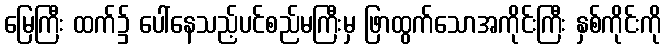
မြေကြီး ထက်၌ ပေါ်နေသည့်ပင်စည်မကြီးမှ ဖြာထွက်သောအကိုင်းကြီး နှစ်ကိုင်းကို